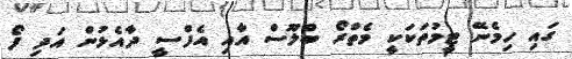
ގައި ހިމެނޭ ޓީމުތަކަކީ މެތްރޯ ބްލޫސް އާއި އެފްސީ ދާއެޅުން އަދި ފޯ